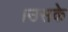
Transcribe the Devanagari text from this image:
।उसके